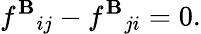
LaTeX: f^{\mathbf{B}}{}_{ij}-f^{\mathbf{B}}{}_{ji}=0.